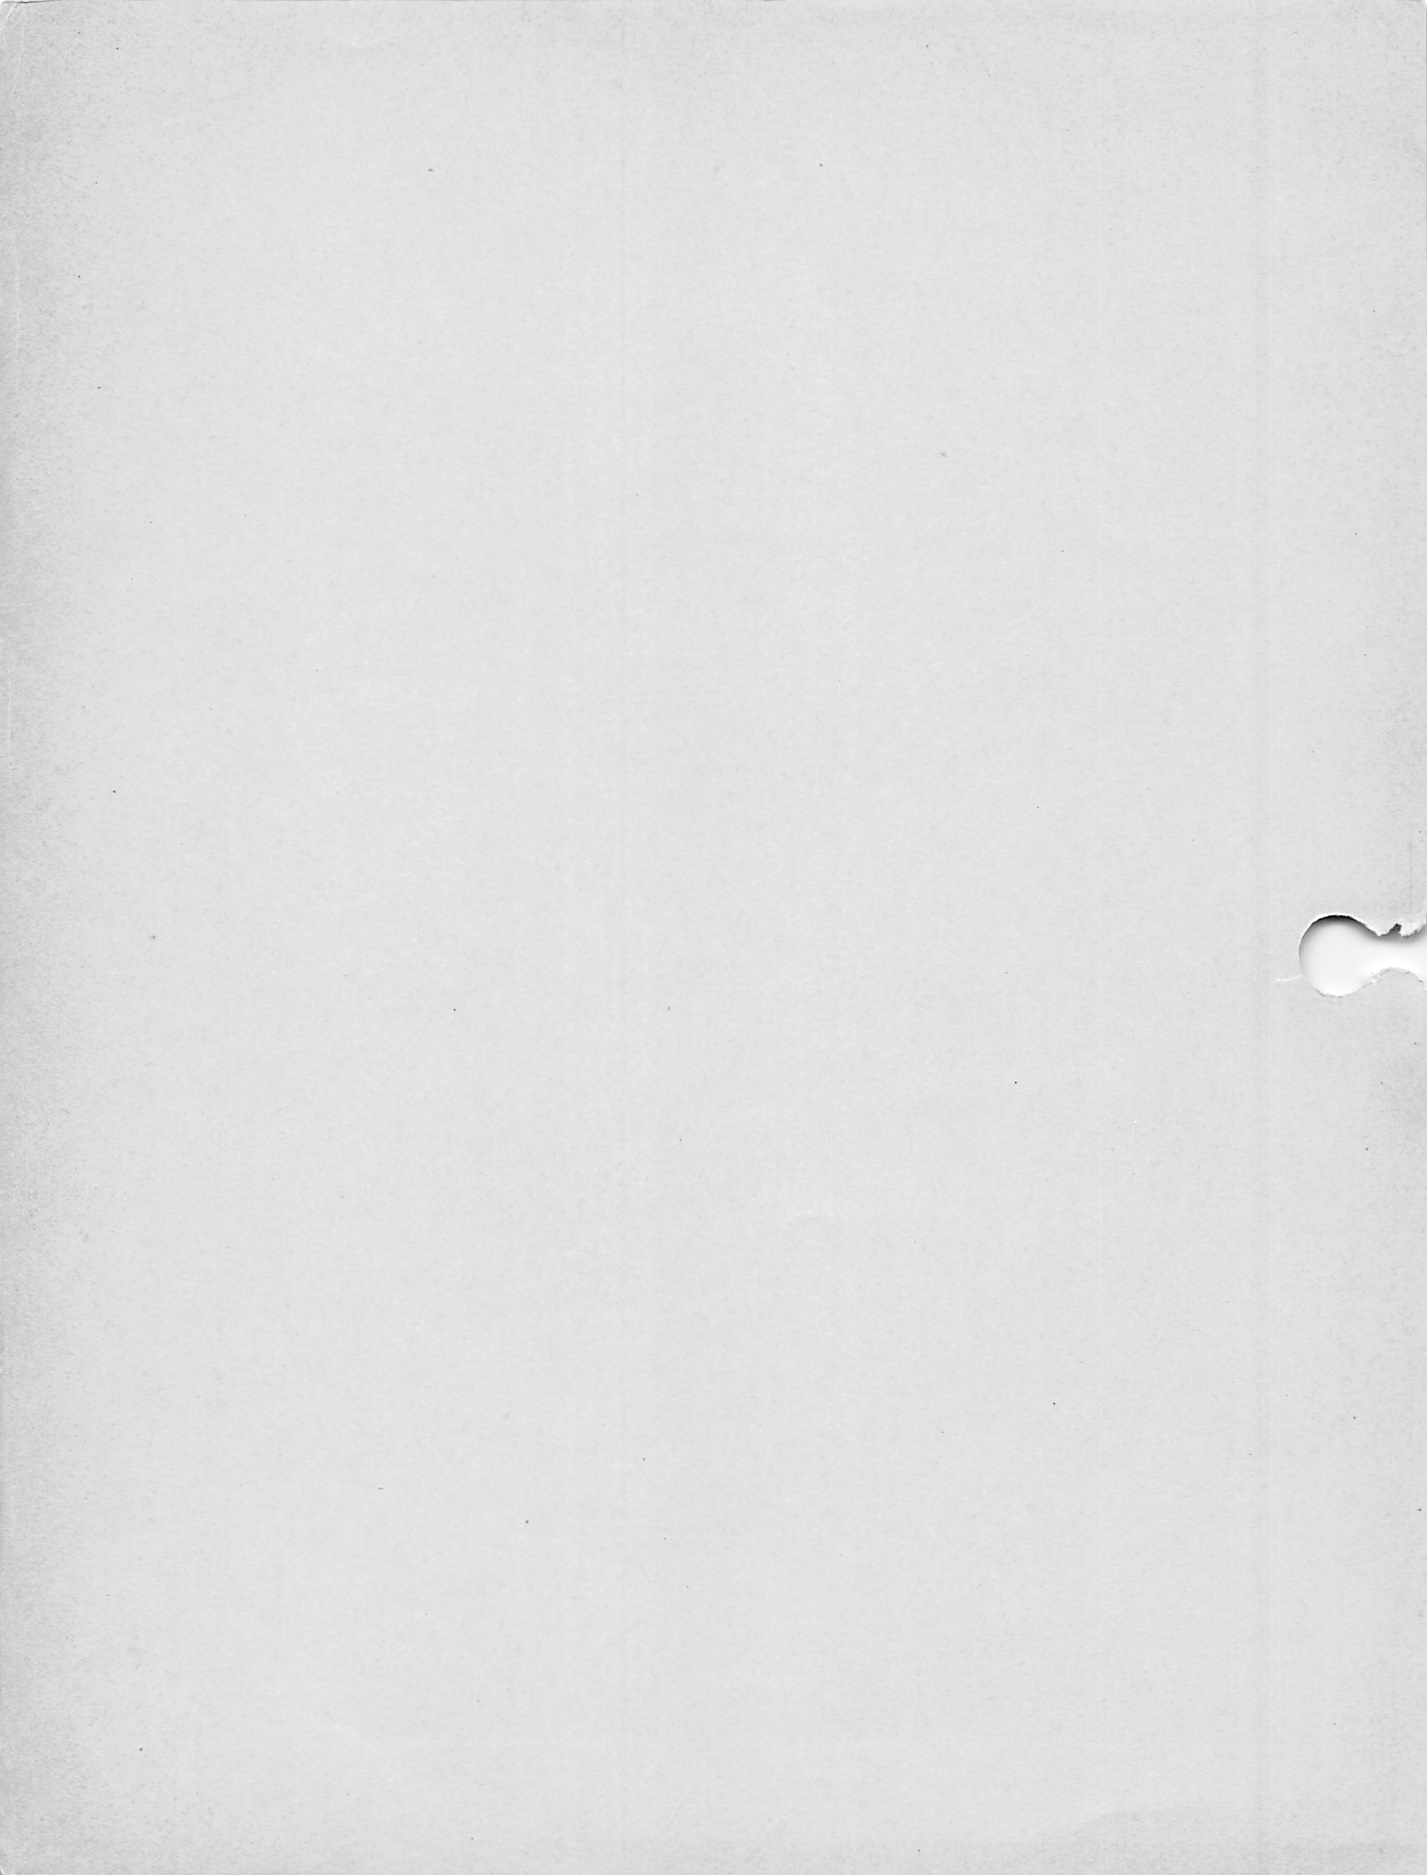
es